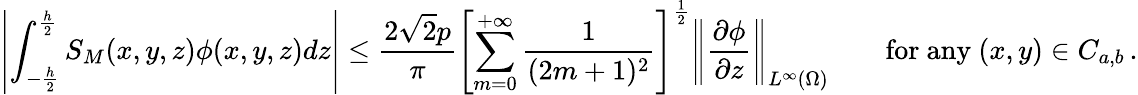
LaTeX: \left|\int_{-\frac h2}^{\frac h2}S_{M}(x,y,z)\phi(x,y,z)dz\right|\le\frac{2\sqrt 2p}{\pi}\left[\sum_{m=0}^{+\infty}\frac{1}{(2m+1)^{2}}\right]^{\frac 12}\left\| \frac{\partial\phi}{\partial z}\right\| _{L^{\infty}(\Omega)}\qquad\mathrm{for~any~}(x,y)\in C_{a,b}\, .